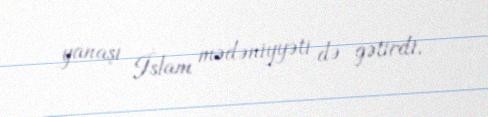
yanaşı İslam mədəniyyəti də gətirdi.